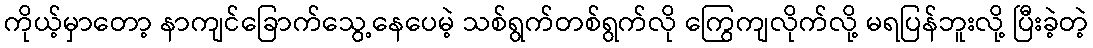
ကိုယ့်မှာတော့ နာကျင်ခြောက်သွေ့နေပေမဲ့ သစ်ရွက်တစ်ရွက်လို ကြွေကျလိုက်လို့ မရပြန်ဘူးလို့ ပြီးခဲ့တဲ့